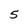
Character: 5